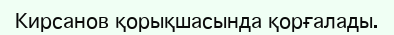
Кирсанов қорықшасында қорғалады.